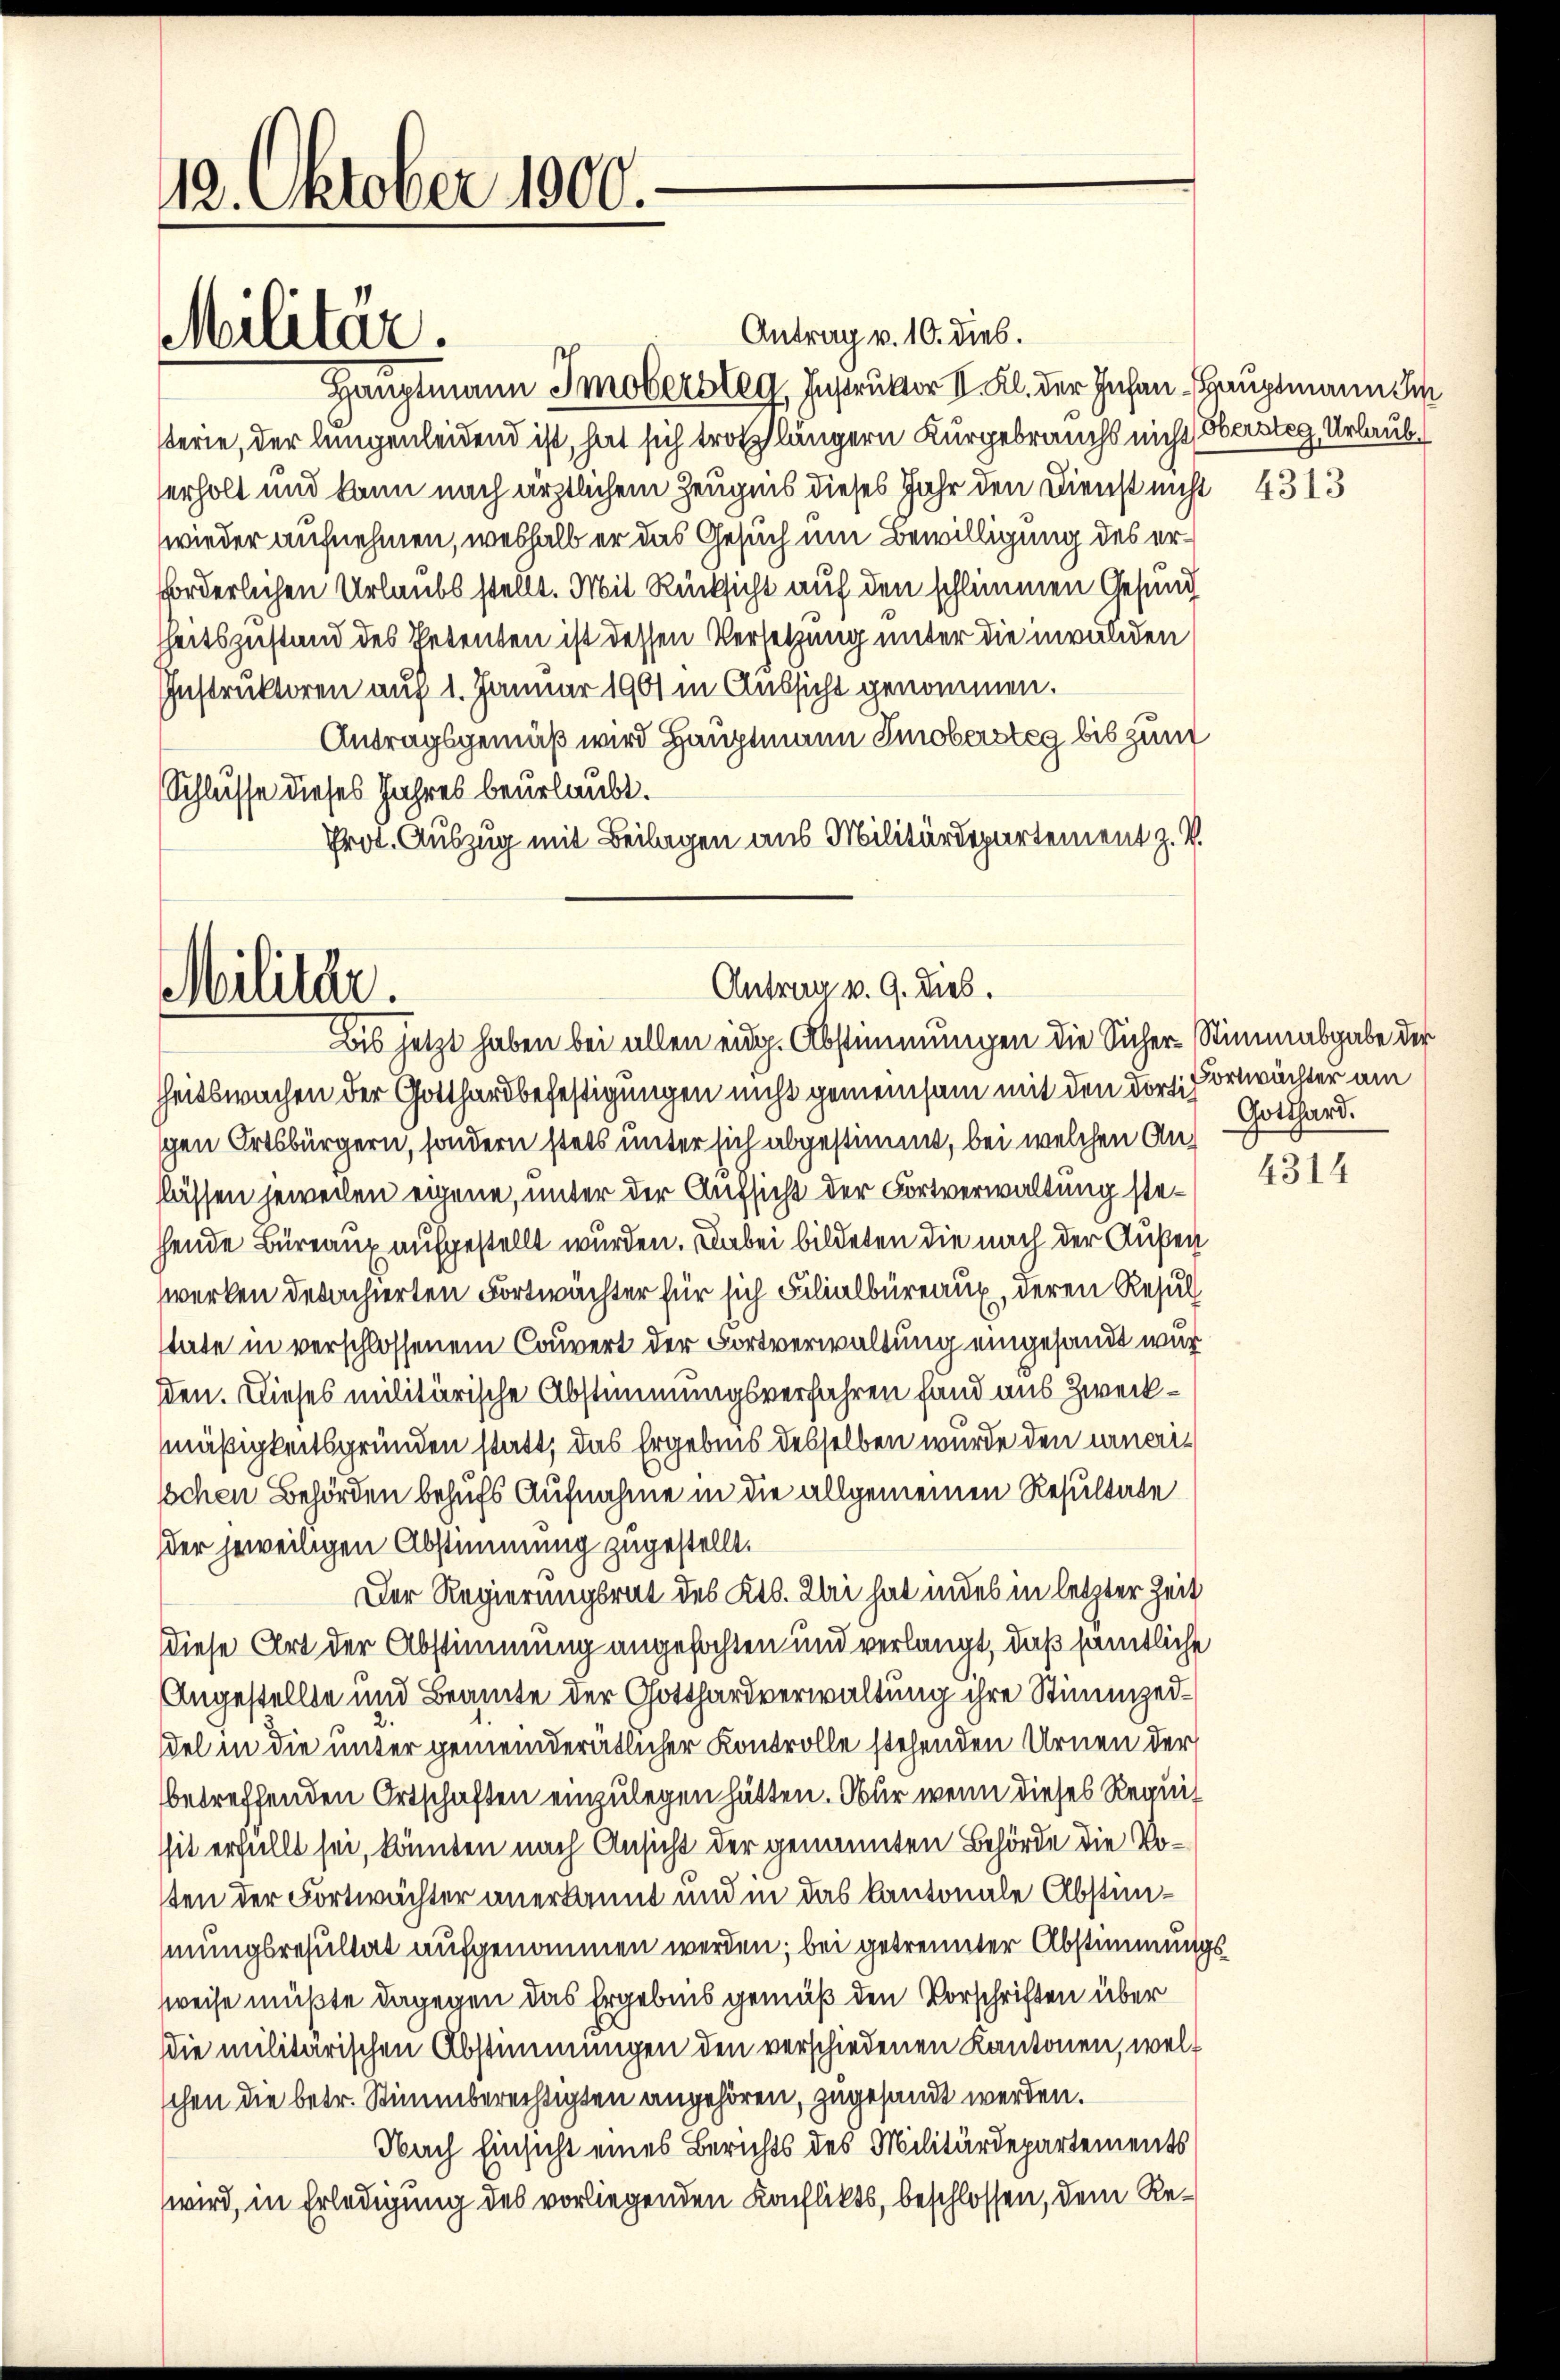
12. Oktober 1900.

Militär.

Militar.

Antrag v. 9. dies.
Bis jetzt haben bei allen eidg. Abstimmungen die Sicher-Stimmabgabe der

Antrag v. 10. dies.
sch
Hauptmann Imobersteg, Instruvor II. Kl. der Johan Hauptmann Im
sterie, der langenleidend ist, hat sich trotz längern Kurgebrauchs nicht (Obersteg Urlauberholt und kann nach ärztlichem Zeugnis dieses Jahr den Dienst nicht 4313
wieder aufnehmen, weshalb er das Gesuch um Bewilligung des erforderlichen Urlaubs stellt. Mit Rücksicht auf den schlimmen Gesund
hheitszustand des Petenten ist dessen Versetzung unter die invaliden
Instruktoren auf 1. Januar 1901 in Aussicht genommen.
Antragsgemäß wird Hauptmann Smobersteg bis zum
Schlüsse dieses Jahres beurlaubt.
Prot. Auszug mit Beilagen aus Militärdepartement z. V.

hheitswachen der Gotthardbefestigungen nicht gemeinsam mit den dorti fortwächter am
schen Ortsbürgern, sondern stets unter sich abgestimmt, bei welchen Anlassen jeweilen eigene, unter der Aufsicht der Fortverwaltung stehende Büreaux aufgestellt wurden. Dabei bildeten die nach der Außer
werken detachierten Fortwächter für sich Filialbüreaux, deren Resulstate in verschlossenem Couvert der Fortverwaltung eingesandt wursen. Dieses militärische Abstimmungsverfahren fand aus Zweckmäßigkeitsgründen statt, das Ergebnis desselben wurde den unei¬
Ichen Behörden behufs Aufnahme in die allgemeinen Resultate
der jeweiligen Abstimmung zugestellt.
Der Regierungsrat des Kts. Sei hat in des in letzter Zeit
Diese Art der Abstimmung angefochten und verlangt, daß sämtliche
Angestellte und Beamte der Gotthardverwaltung ihre Stimmzeddel in die unter gemeinderätlicher Kontrolle stehenden Urnen der
betreffenden Ortschaften einzulegen hätten. Ober wenn dieses Requis
ssit erfüllt sei, könnten nach Ansicht der genannten Behörde die Vosten der Fortwächter anerkannt und in das Kantonale Abstimmungsresultat aufgenommen werden; bei getrennter Abstimmungssweise müßte dagegen das Ergebnis gemäß den Vorschriften über
Die militärischen Abstimmungen den verschiedenen Kantonen, welc
schen die betr. Stimmberechtigten angehören, zugesandt werden.
Nach Einsicht eines Berichts des Militärdepartements
wird, in Erledigung des vorliegenden Konflikts, beschlossen, dem Re¬

Gotthard.

4314